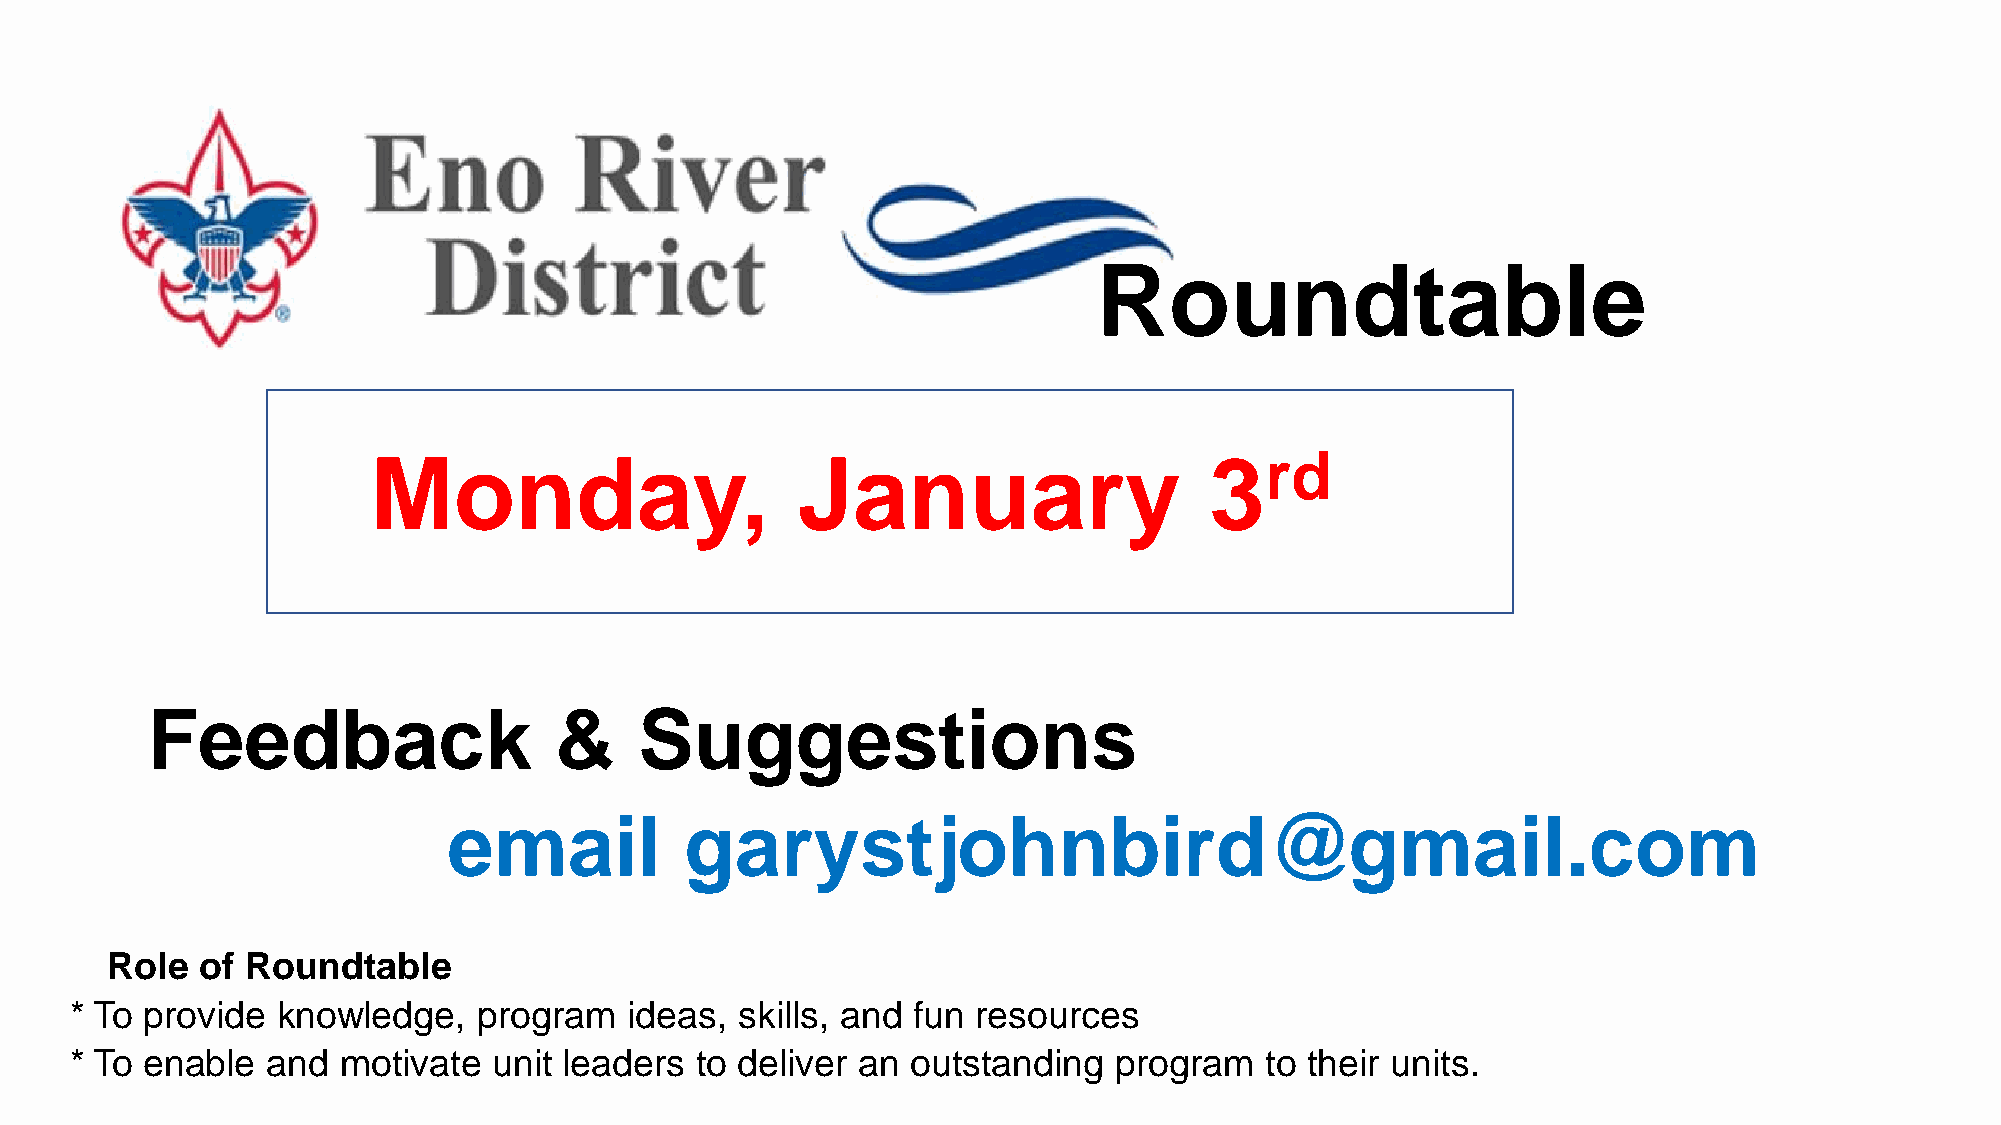
Roundtable
 Monday,                     January                    3rd
 Feedback                   &    Suggestions
 email          garystjohnbird@gmail.com
 Role  of Roundtable
 * To provide knowledge,    program   ideas, skills, and fun resources
 * To enable  and  motivate  unit leaders to deliver an outstanding   program   to their units.